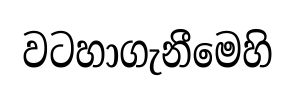
වටහාගැනීමෙහි